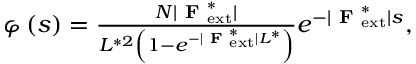
\begin{array} { r } { \varphi \left( s \right) = \frac { N \lvert \textbf { F } _ { \mathrm { e x t } } ^ { * } \rvert } { L ^ { * 2 } \left( 1 - e ^ { - \lvert \textbf { F } _ { \mathrm { e x t } } ^ { * } \rvert L ^ { * } } \right) } e ^ { - \lvert \textbf { F } _ { \mathrm { e x t } } ^ { * } \rvert s } , } \end{array}